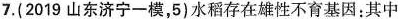
7.(2019山东济宁一模，5)水稻存在雄性不育基因：其中